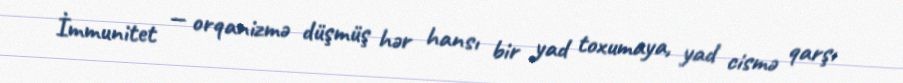
İmmunitet — orqanizmə düşmüş hər hansı bir yad toxumaya, yad cismə qarşı